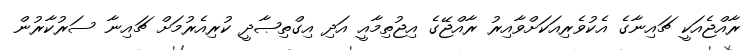
ރާއްޖެއަކީ ޗައިނާގެ އެކުވެރިއަކަށްވާއިރު ރާއްޖޭގެ އިޖުތިމާއީ އަދި އިގްތިޞާދީ ކުރިއެރުމަށް ޗައިނާ ސަރުކާރުން